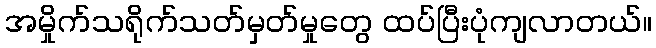
အမှိုက်သရိုက်သတ်မှတ်မှုတွေ ထပ်ပြီးပုံကျလာတယ်။